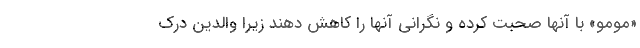
«مومو» با آنها صحبت کرده و نگرانی آنها را کاهش دهند زیرا والدین درک